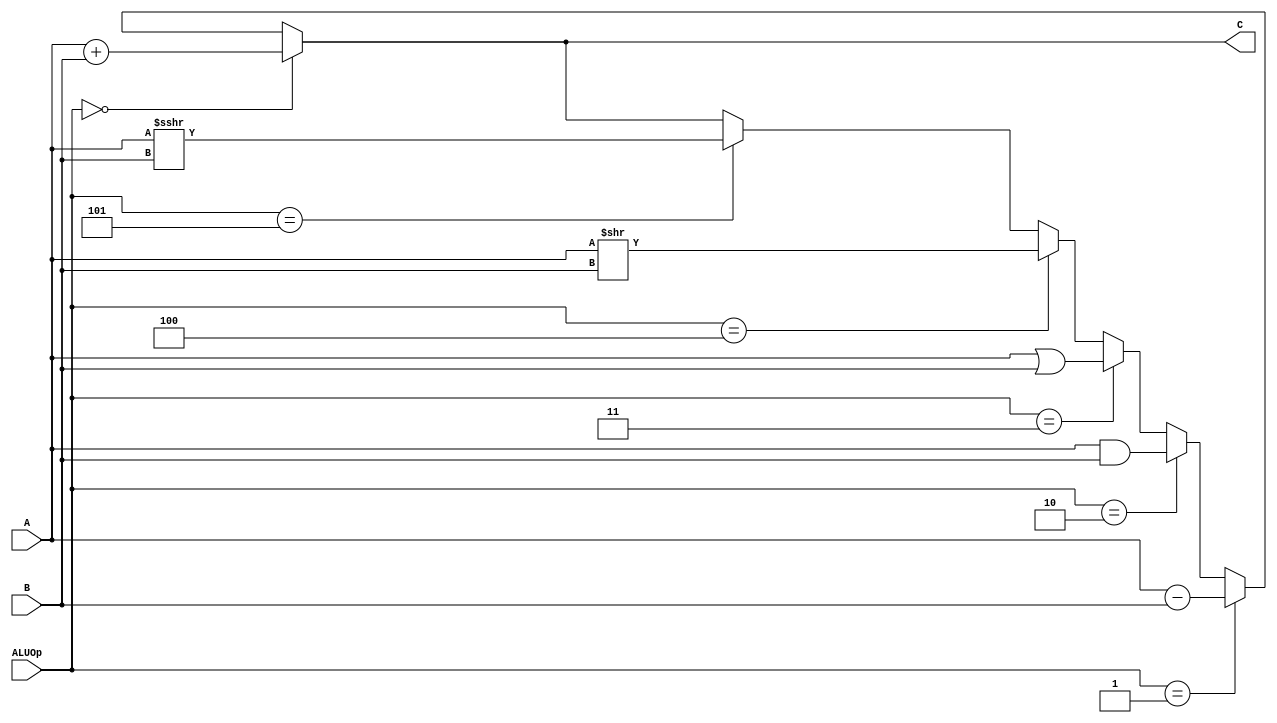
`timescale 1ns / 1ps
//////////////////////////////////////////////////////////////////////////////////
// Company: 
// Engineer: 
// 
// Design Name: 
// Module Name:    alu 
// Project Name: 
// Target Devices: 
// Tool versions: 
// Description: 
//
// Dependencies: 
//
// Revision: 
// Revision 0.01 - File Created
// Additional Comments: 
//
//////////////////////////////////////////////////////////////////////////////////
module alu(
    input [31:0] A,
    input [31:0] B,
    input [2:0] ALUOp,
    output [31:0] C
    );
	 wire [31:0] shift;
	 assign shift = $signed($signed(A)>>>B);
	 assign C = (ALUOp==3'b000)? A+B:
					(ALUOp==3'b001)? A-B:
					(ALUOp==3'b010)? A&B:
					(ALUOp==3'b011)? A|B:
					(ALUOp==3'b100)? A>>B:
					(ALUOp==3'b101)? shift: C;
endmodule